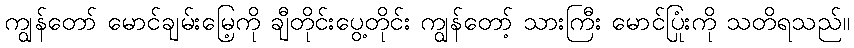
ကျွန်တော် မောင်ချမ်းမြေ့ကို ချီတိုင်းပွေ့တိုင်း ကျွန်တော့် သားကြီး မောင်ပြုံးကို သတိရသည်။